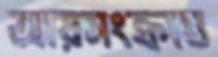
আয়সংক্রান্ত